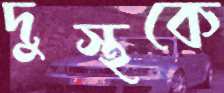
দুস্থকে